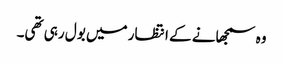
وہ سمجھانے کے انتظار میں بول رہی تھی۔